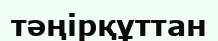
тәңірқұттан